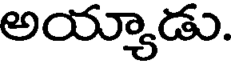
అయ్యాడు.